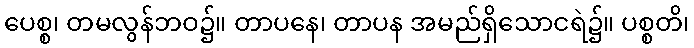
ပေစ္စ၊ တမလွန်ဘဝ၌။ တာပနေ၊ တာပန အမည်ရှိသောငရဲ၌။ ပစ္စတိ၊